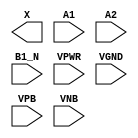
module sky130_fd_sc_lp__a21bo (
    X   ,
    A1  ,
    A2  ,
    B1_N,
    VPWR,
    VGND,
    VPB ,
    VNB
);

    output X   ;
    input  A1  ;
    input  A2  ;
    input  B1_N;
    input  VPWR;
    input  VGND;
    input  VPB ;
    input  VNB ;
endmodule